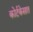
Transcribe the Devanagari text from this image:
कोर्टकेसात